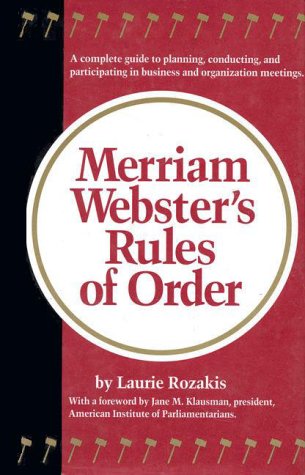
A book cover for Merriam-Webster's Rules of Order; Laurie Rozakis; Reference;